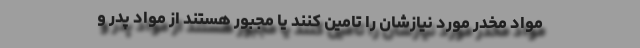
مواد مخدر مورد نیازشان را تامین کنند یا مجبور هستند از مواد پدر و